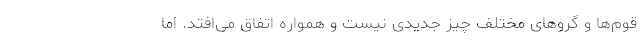
قوم‌ها و گروهای مختلف چیز جدیدی نیست و همواره اتفاق می‌افتد. اما